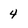
Character: 4